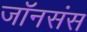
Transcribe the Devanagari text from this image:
जॉनसंस